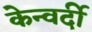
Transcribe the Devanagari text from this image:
केन्वर्दी